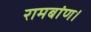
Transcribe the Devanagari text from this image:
रामबांण।